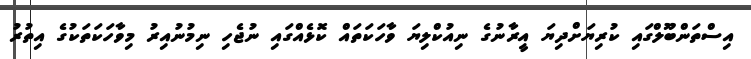
އިސްތަންބޫލްގައި ކުރިޔަށްދިޔަ އީރާނުގެ ނިއުކްލިޔަ ވާހަކަތައް ކޮޅެއްގައި ނުޖެހި ނިމުނުއިރު މިވާހަކަތަކުގެ އިތުރު